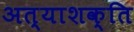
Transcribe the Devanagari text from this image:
अत्याशक्ति